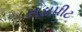
તડાપીટ